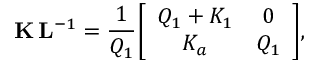
{ \bf K } \, { \bf L } ^ { - 1 } = { \frac { 1 } { Q _ { 1 } } } \biggl [ \begin{array} { c c } { { Q _ { 1 } + K _ { 1 } } } & { { 0 } } \\ { { K _ { a } } } & { { Q _ { 1 } } } \end{array} \biggr ] ,